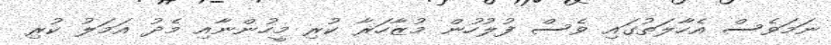
ނަމަވެސް އެހާލަތުގައި ވެސް ފުލުހުން މުޒާހަރާ ކުރި މީހުންނާއި މެދު އަމަލު ކުރި